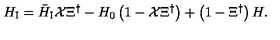
H _ { \mathrm { \scriptsize I } } = { \bar { H } } _ { \mathrm { \scriptsize I } } { \cal X } \Xi ^ { \dagger } - H _ { 0 } \left( 1 - { \cal X } \Xi ^ { \dagger } \right) + \left( 1 - \Xi ^ { \dagger } \right) H .